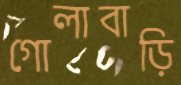
গোলাবাড়ি